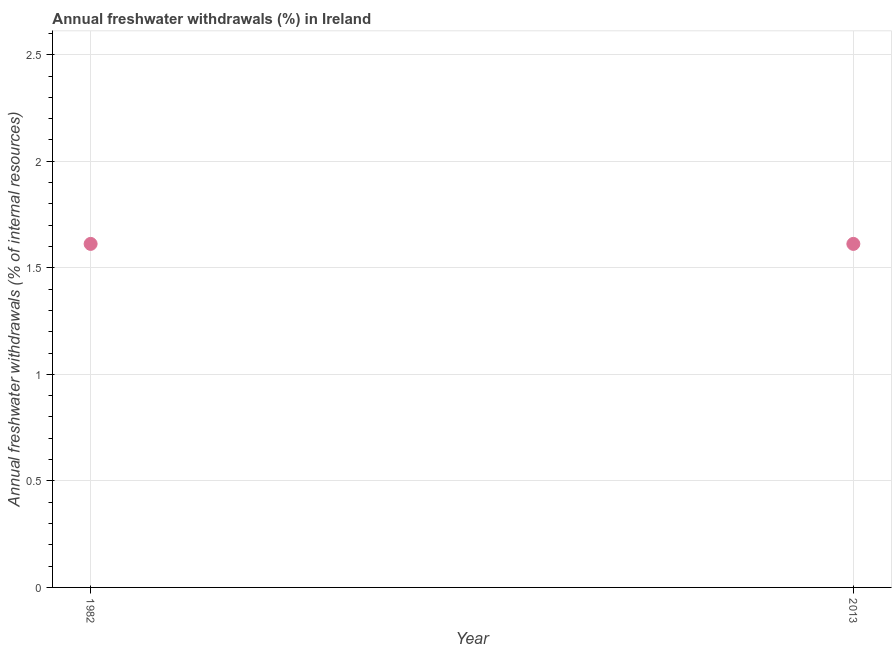
| Year | Annual freshwater withdrawals |
 | --- | --- |
 | 1982 | 1.61 |
 | 2013 | 1.61 |